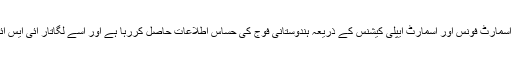
چین اپنے کچھ خاص اسمارٹ فونس اور اسمارٹ ایپلی کیشنس کے ذریعہ ہندوستانی فوج کی حساس اطلاعات حاصل کررہا ہے اور اسے لگاتار آئی ایس آئی کو مہیا کرارہا ہے۔